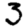
Digit: 3